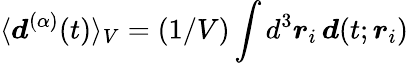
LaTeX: \langle\boldsymbol{d}^{(\alpha)}(t)\rangle_{V}=(1/V)\int d^{3}\boldsymbol{r}_{i}\, \boldsymbol{d}(t;\boldsymbol{r}_{i})